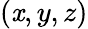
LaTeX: (\mathit{x},y,z)